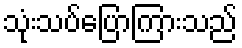
သုံးသပ်ပြောကြားသည်